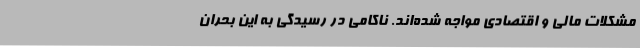
مشکلات مالی و اقتصادی مواجه شده‌اند. ناکامی در رسیدگی به این بحران